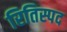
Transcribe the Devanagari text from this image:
रितिस्पद